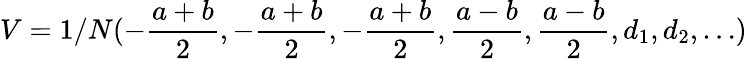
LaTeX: V=1/N(-\frac{a+b}2,-\frac{a+b}2,-\frac{a+b}2,\frac{a-b}2,\frac{a-b}2,d_{1},d_{2},\dots)